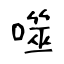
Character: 噬